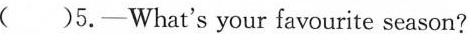
( )5.-What's your favourite season?